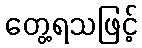
တွေ့ရသဖြင့်